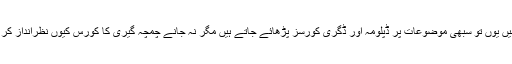
درسگاہوں میں یوں تو سبھی موضوعات پر ڈپلومہ اور ڈگری کورسز پڑھائے جاتے ہیں مگر نہ جانے چمچہ گیری کا کورس کیوں نظرانداز کر دیا جاتا ہے۔